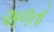
અળતો